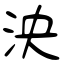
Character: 泱